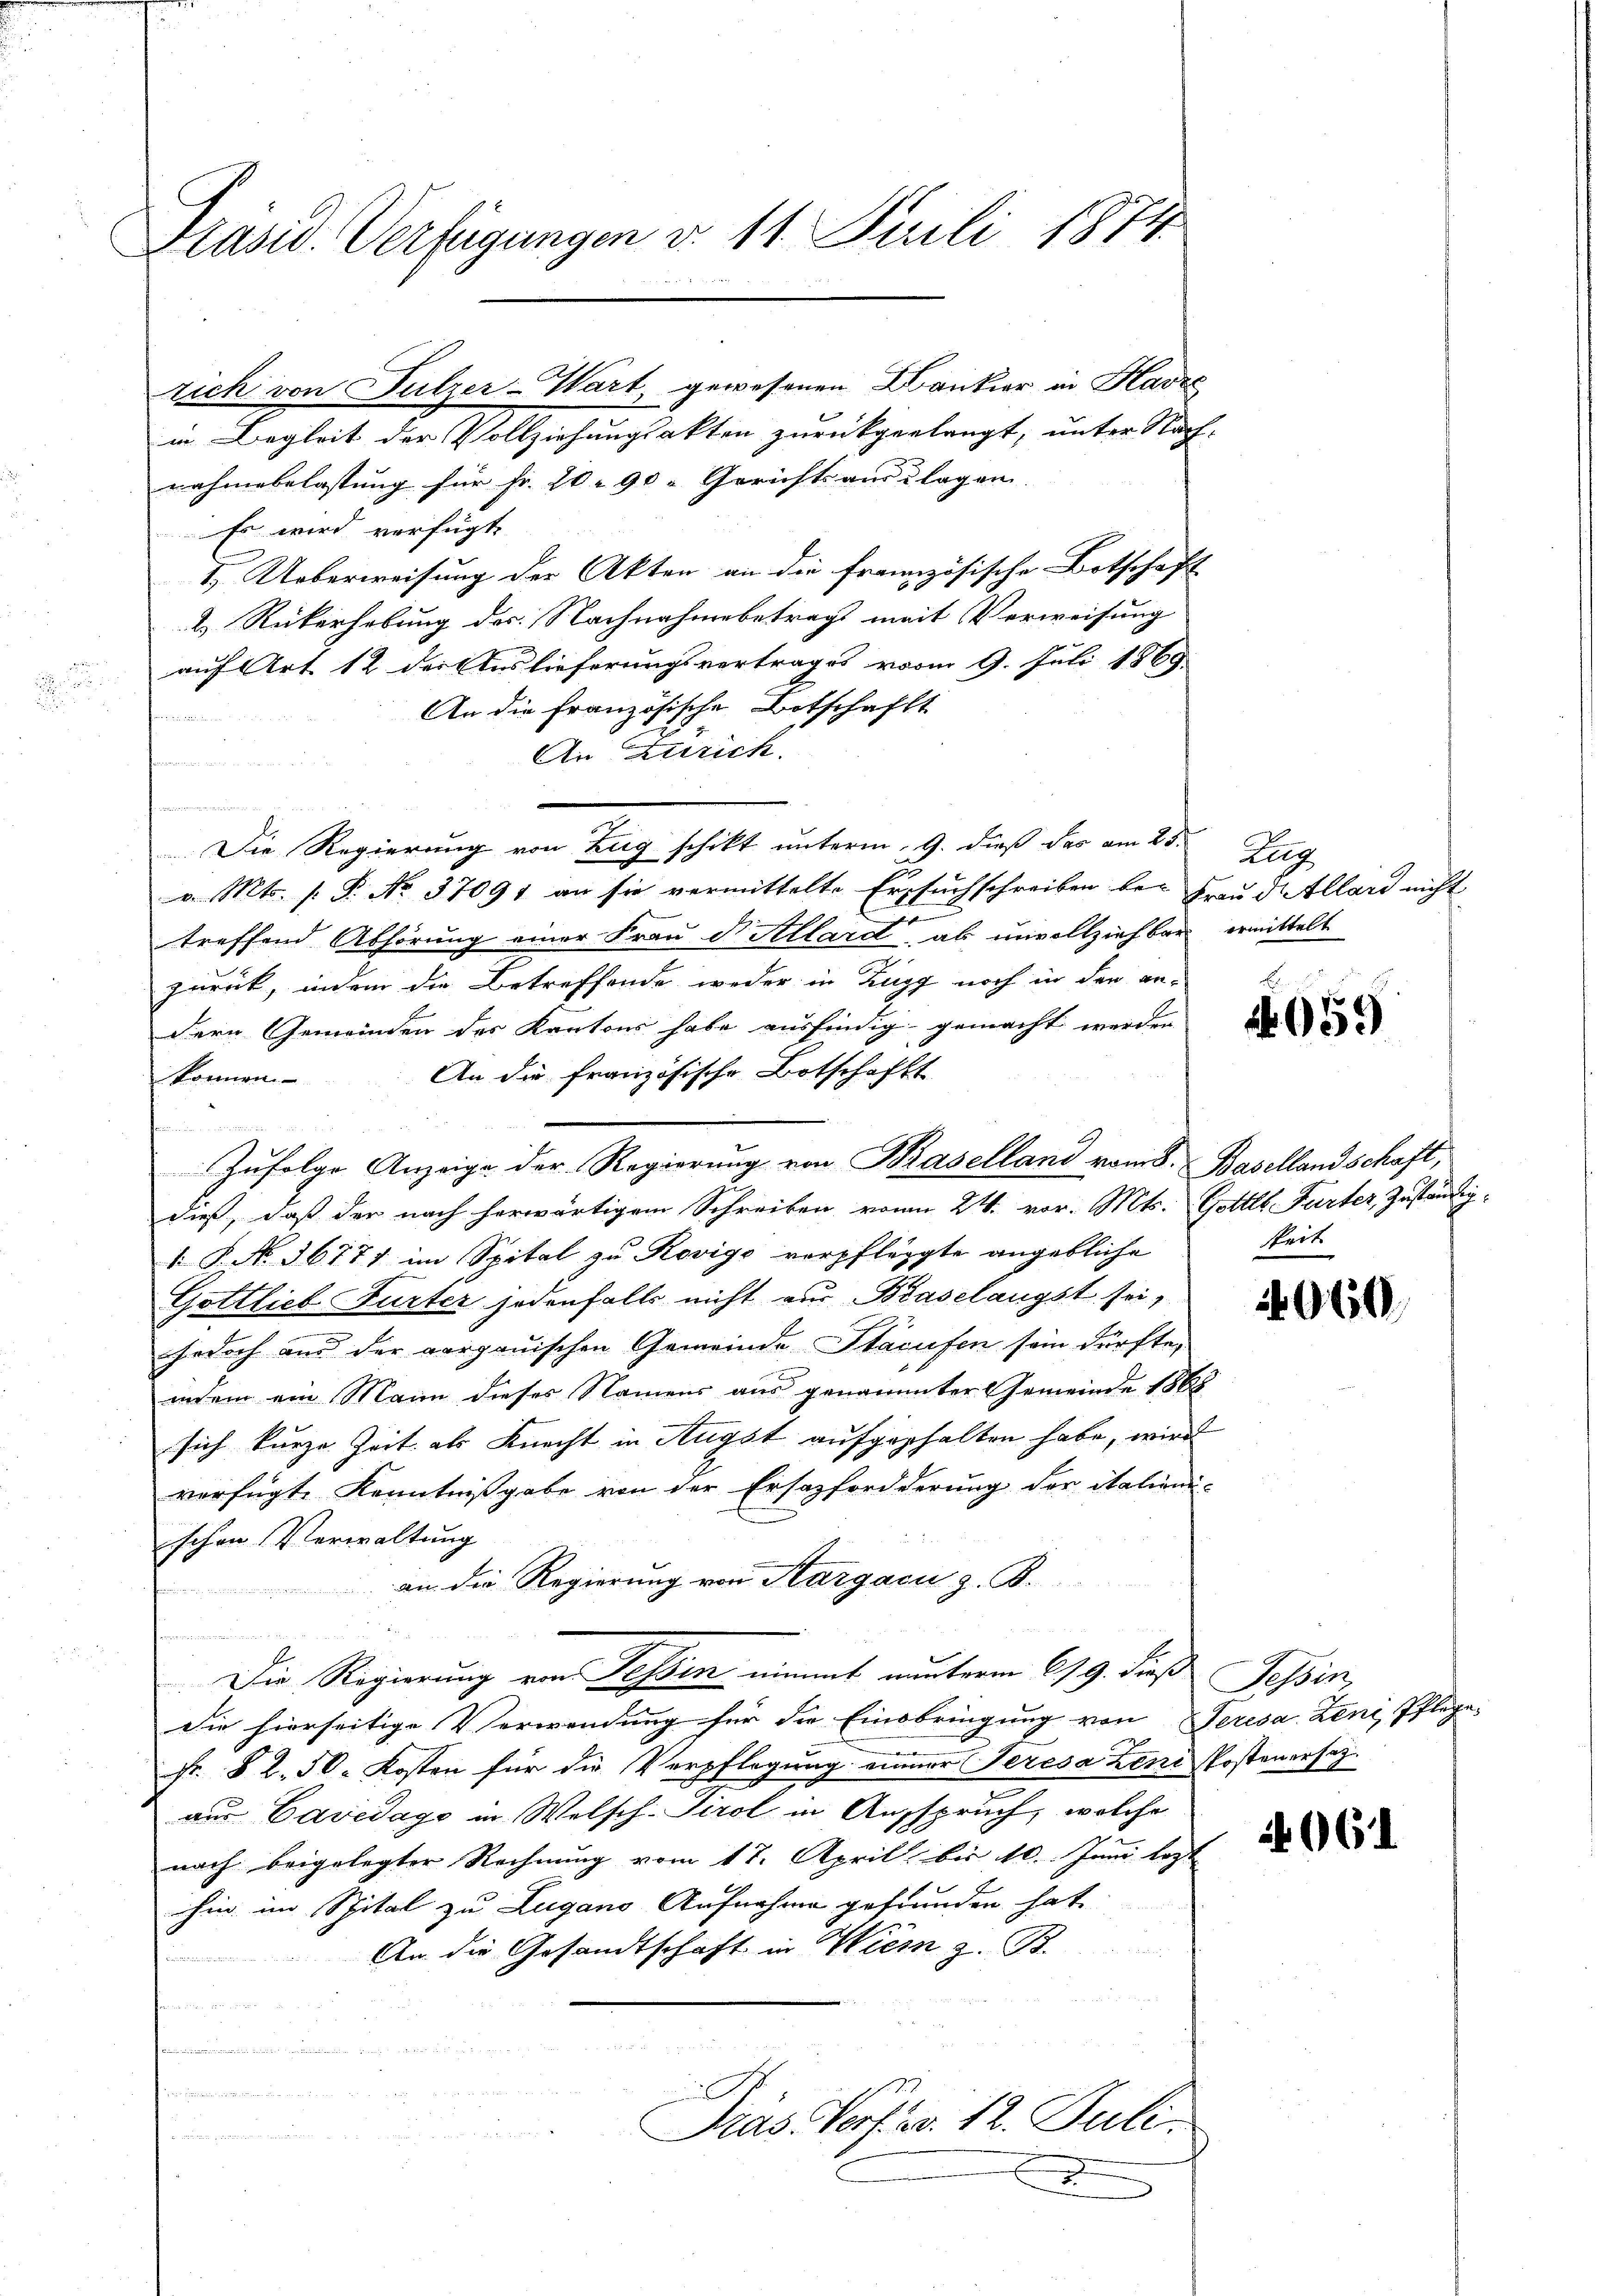
Präsid. Verfügungen v. 11. Juli 1874

rich von Sulzer-Wart gewesenen Dankier in Havre
in Begleit der Vollziehungsakten zurückgerlangt, unter Nach
nahmebelastung für Fr. 20. 90. Gerichtsauslagen.
Es wird verfügt,
I. Ueberweisung der Akten an die französische Botschaft
& Rükerhebung des Nachnahmebetrags mit Verweisung
auf Art 12 der Auslieferungsvertrages vom 9. Juli 1869
An die französische Botschafft
e
An Zürich.
t
Die Regierung von Zug schikt unterm 9. dieß das am 25. Zug
v. Mts. s. S. No. 37091 an sie vermittelte Ersuchschreiben bei Frau delland nicht
E
treffend Abhörung einer Frau d. Allard, ab unvollziehbar ermittelt
zurück, indem die Betreffende weder in Zugg noch in den an-
dern Gemeinden des Kantons habe ausfindig gemacht werden
An die französische Botschafts
können.
Zufolge Anzeige der Regierung von Baselland vom 8. Basellandschaft,
dieß, daß der nach herwärtigem Schreiben von 24. vor. Mts. Gottll Farter Zuständig-
 P. No. 36771 im Spital zu Rovigo verpflegte angebliche
Gottlieb Furter jedenfalls nicht zur Baselangst sei,
e
jedoch aus der aargauischen Gemeinde Stacufen sein dürfte,
indem ein Mann dieses Namens aus genannter Gemeinde 1868
sich kurze Zeit als Knecht in Augst aufgehalten habe, wird
verfügte Kenntnißgabe von der Ersatzfordderung der italien
schon Verwaltung
an die Regierung von Aargacu z. B.
n
Die Regierung von Tessin nimmt nunterm 619. dieß Tessin,
die hierseitige Verwendung für die Einbringung von Seresa Leni, Pflege
Fr. § 2. 50. Kosten für die Verpflegung einer Teresa Leni Postenersatz
aus Cavedago in Welsch-Tirol in Anspruch, welche
nach beigelegter Rechnung vom 17. April bis 10. Juni legt
hin im Spital zu Lugano Aufnahme gefunden hat
An die Gesandtschaft in Wies z. B.
a
u

n
Pras Verf. v. 12. Juli.
n

.

t

c
 959

keit

4060.

4061